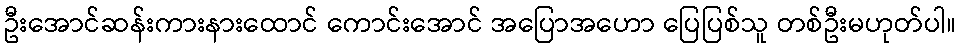
ဦးအောင်ဆန်းကားနားထောင် ကောင်းအောင် အပြောအဟော ပြေပြစ်သူ တစ်ဦးမဟုတ်ပါ။